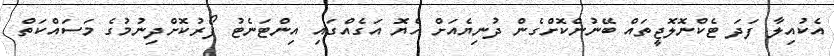
އެކުއިލާ ފަދަ ޓެކްނޮލޮޖީތައް ބޭނުންކޮށްގެން ދުނިޔެއަށް ހެޔޮ އަގެއްގައި އިންޓަނެޓު ފޯރުކޮށްދިނުމުގެ މަސައްކަތް